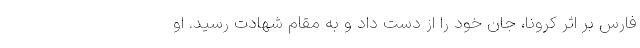
فارس بر اثر کرونا، جان خود را از دست داد و به مقام شهادت رسید. او